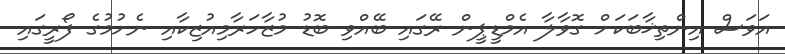
އަވަސް އިންތިޚާބަކަށް ގޮވާލާ އެމްޑީޕީން ރޭގައި ބޭއްވި ބޮޑު މުޒާހަރާމިއުޒިކާއި ނެށުމުގެ ފޯރީގައި